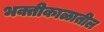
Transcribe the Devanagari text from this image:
भक्तीकाळातील